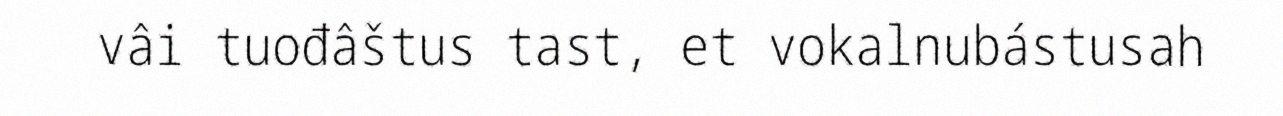
vâi tuođâštus tast, et vokalnubástusah